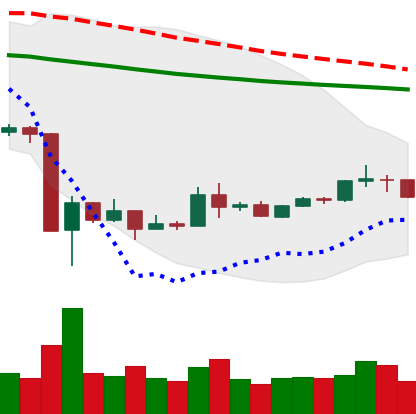
Ticker: XRP-USD
Chart end date: 2020-03-29
Forward return: 9.545%
Label: up_7plus